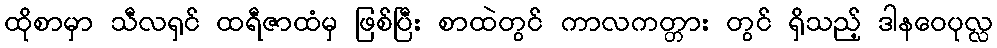
ထိုစာမှာ သီလရှင် ထရီဇာထံမှ ဖြစ်ပြီး စာထဲတွင် ကာလကတ္တား တွင် ရှိသည့် ဒါနဝေပုလ္လ